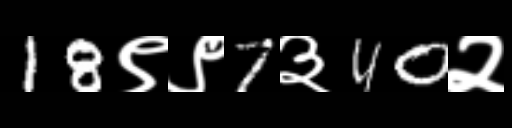
Text: 18९९7३40२